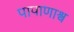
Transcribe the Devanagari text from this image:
पापाणाश्व